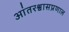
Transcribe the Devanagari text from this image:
आंतरश्वासप्रणाल